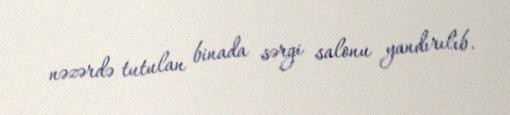
nəzərdə tutulan binada sərgi salonu yandırılıb.